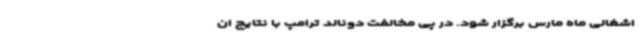
اشغالی ماه مارس برگزار شود. در پی مخالفت دونالد ترامپ با نتایج ان